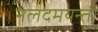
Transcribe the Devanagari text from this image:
नलदमयन्ती